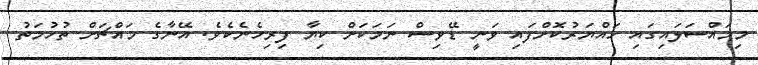
މިމައްސަލައިގައި ހައްޔަރުކޮށްފައި ވަނީ ޑޭވިސް ނަމަކަށް ކިޔާ ފިރިހެނެކެވެ. އޭނާގެ މައްޗަށް ތުހުމަތު